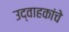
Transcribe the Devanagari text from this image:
उद्वाहकांचे